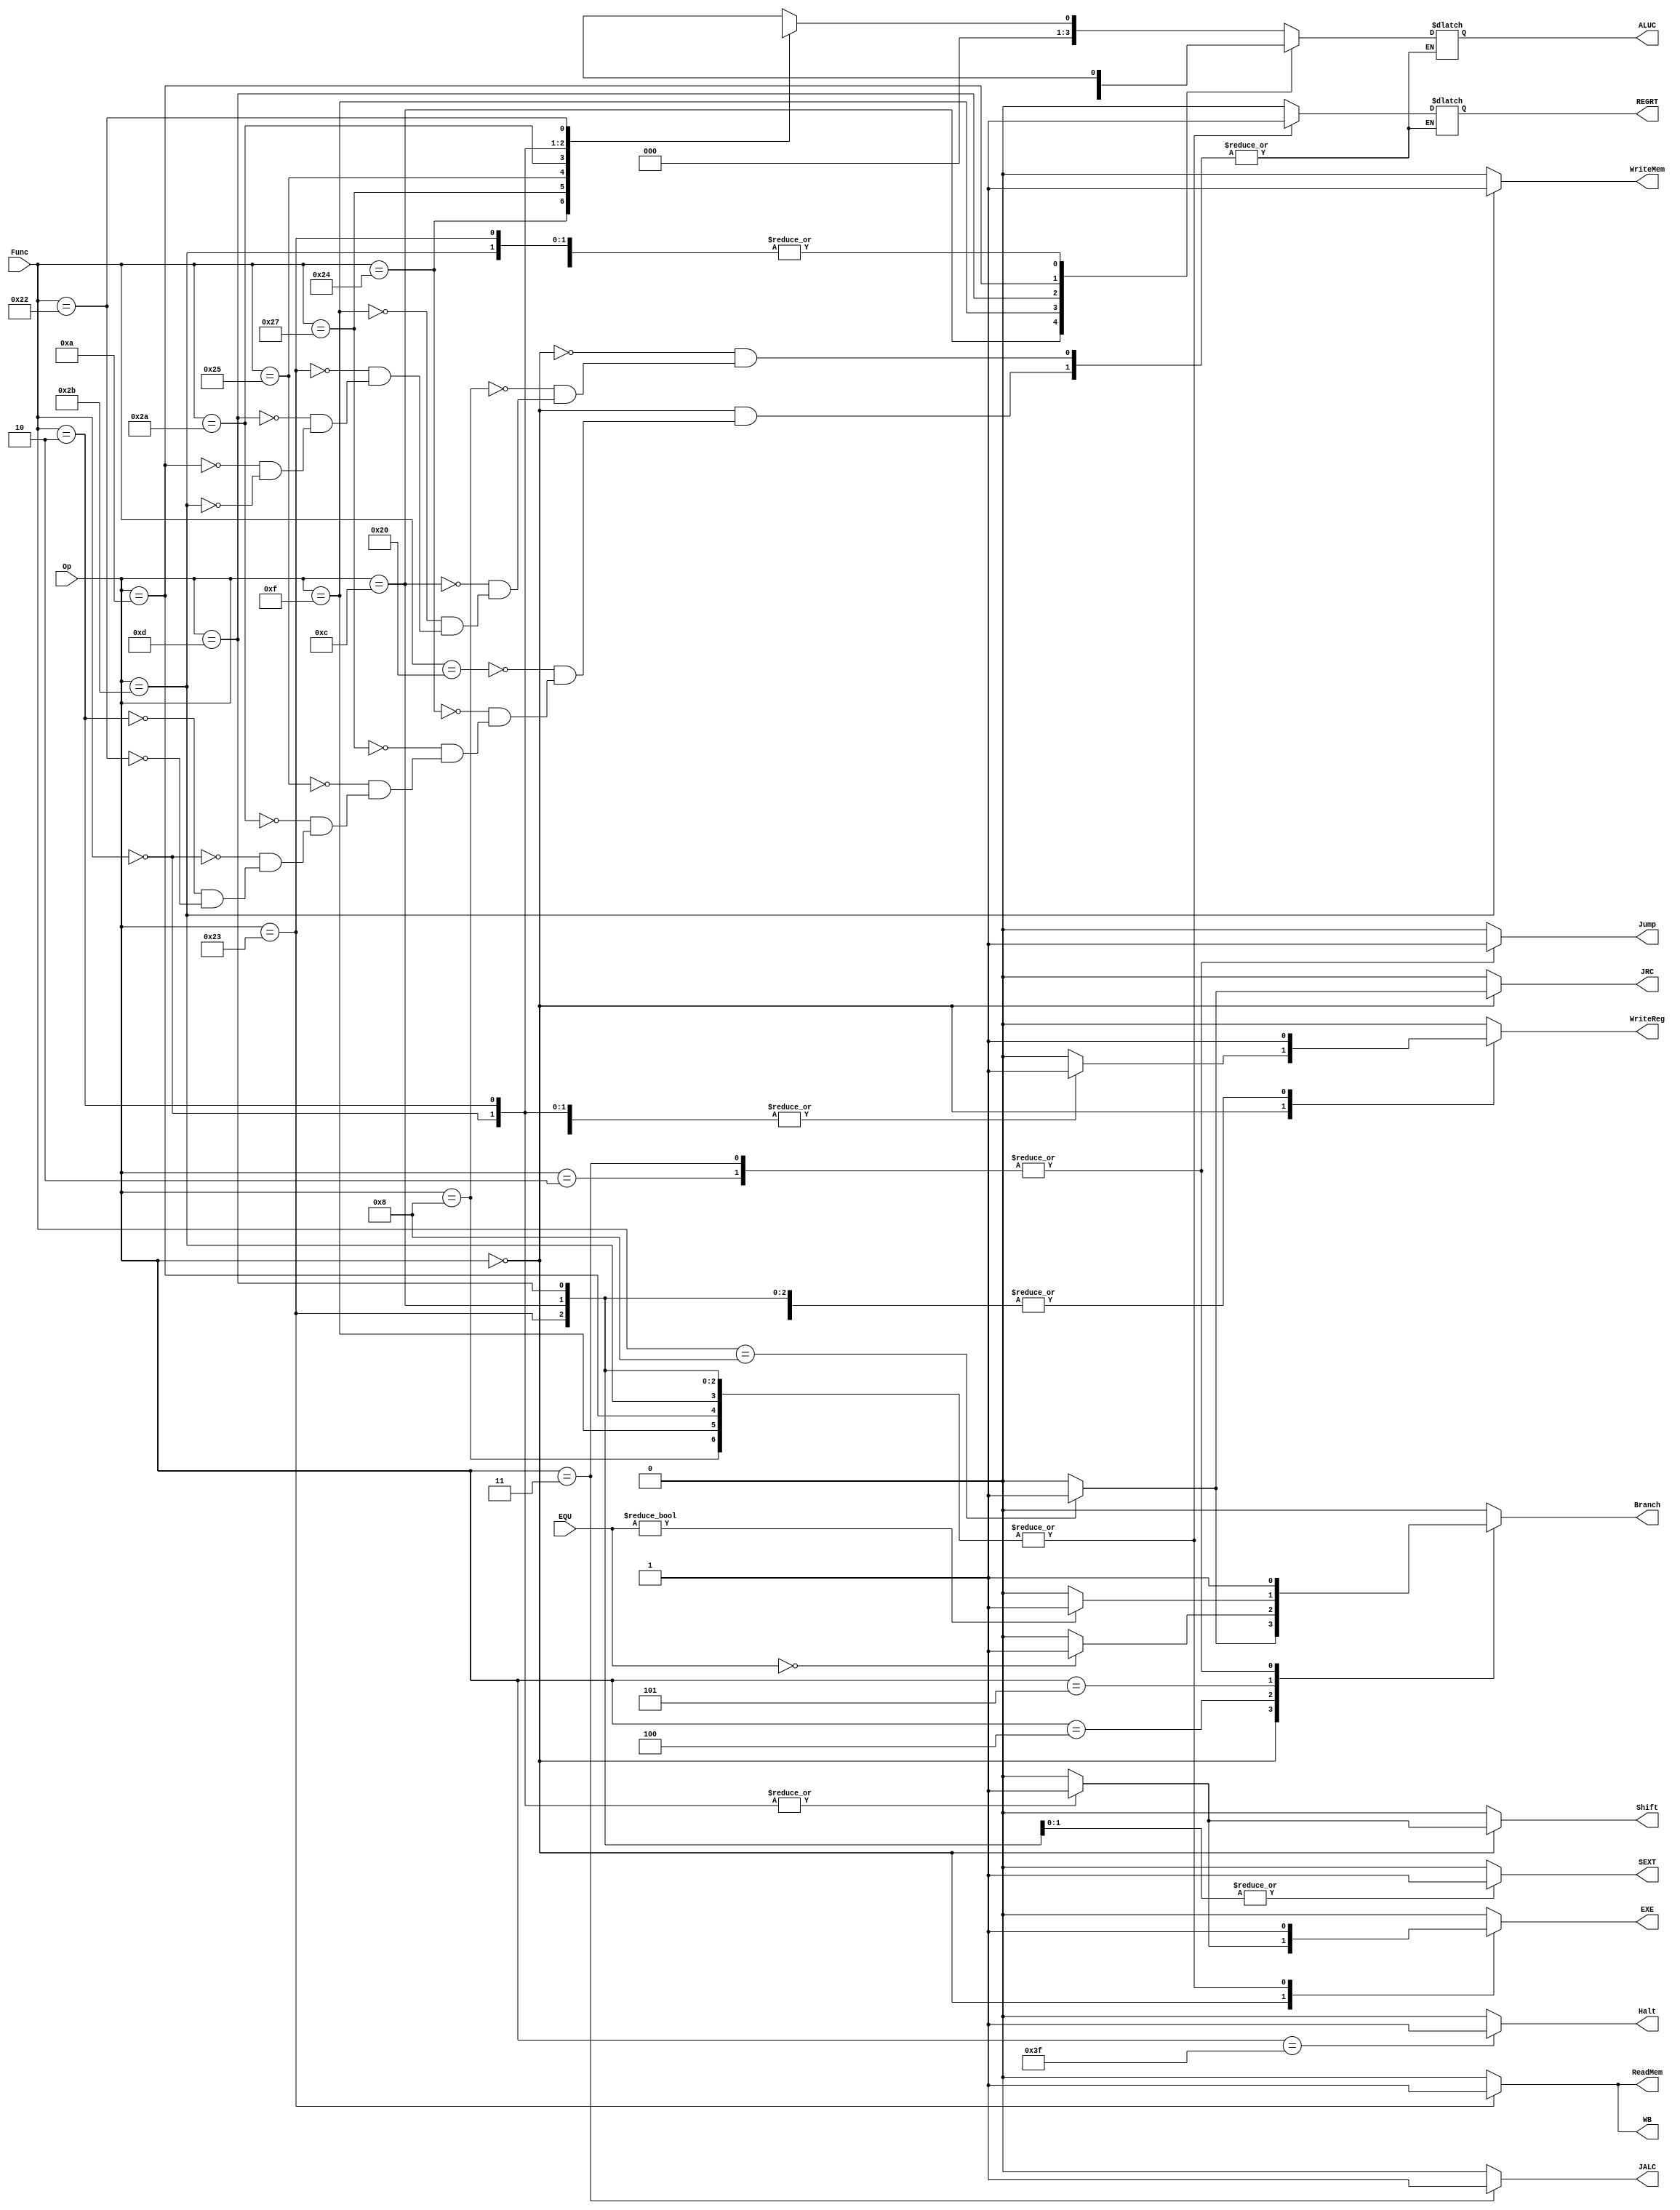
module Control(
  input[5:0]  Op, 
  input[5:0]  Func,
  //input[4:0] RS, RT,
  input[31:0] EQU,
  output reg WriteReg,
  output reg WB,
  output reg ReadMem,
  output reg WriteMem,
  output reg[3:0] ALUC,
  output reg Shift,
  output reg EXE,
  output reg SEXT,
  output reg REGRT,
  output reg Jump,
  output reg JRC,
  output reg JALC, 
  output reg Branch = 0,
  output reg Halt = 0
);
  
  //opcode
  localparam  ROP   = 6'b000000;
  localparam  ADDI  = 6'b001000;
  localparam  ANDI  = 6'b001100;
  localparam  BEQ   = 6'b000100;
  localparam  BNE   = 6'b000101;
  localparam  J     = 6'b000010;
  localparam  JAL   = 6'b000011;
  localparam  LW    = 6'b100011;
  localparam  LUI   = 6'b001111;
  localparam  ORI   = 6'b001101;
  localparam  SLTI  = 6'b001010;
  localparam  SW    = 6'b101011;
  localparam  HALT  = 6'b111111;

  //func
  localparam  ADD   = 6'b100000;    
  localparam  AND   = 6'b100100;
  localparam  JR    = 6'b001000;
  localparam  NOR   = 6'b100111;
  localparam  OR    = 6'b100101;
  localparam  SLT   = 6'b101010;
  localparam  SLL   = 6'b000000;
  localparam  SRL   = 6'b000010;
  localparam  SUB   = 6'b100010;
  
  /*
  always @(E_WriteReg or M_WriteReg or E_REG or M_REG or M_WB or RS or RT)
  begin
    FWDA <= 0; 
    FWDB <= 0;
    if (E_WriteReg && (E_REG != 0) && (E_REG == RS)) FWDA <= 2'b01;
      else if (E_WriteReg && (E_REG != 0) && (E_REG == RT)) FWDB <= 2'b01;
        else if (M_WriteReg && (E_REG != 0) && (M_REG == RS) && !M_WB) FWDA <= 2'b10;
          else if (M_WriteReg && (E_REG != 0) && (M_REG == RT) && !M_WB) FWDB <= 2'b10;
            else if (M_WriteReg && (E_REG != 0) && (M_REG == RS) && M_WB) FWDA <= 2'b11;
              else if (M_WriteReg && (E_REG != 0) && (M_REG == RT) && M_WB) FWDB <= 2'b11;
  end
  */
  
  /*
  always @(E_ReadMem or RS or RT or E_REG)
  begin
    PC_Stall <= 0;
    IF_ID_Stall <= 0;
    ID_EXE_Stall <= 0;
    EXE_MEM_Stall <= 0;
    MEM_WB_Stall <= 0;
    if (ReadMem && ((E_REG == RS) || (E_REG == RT)))
      begin
        PC_Stall <= 1;
        IF_ID_Stall <= 1;
        ID_EXE_Stall <= 1;
        end                                                          
    end
    */
    
    always @(Op or Func or EQU)
    begin
      WriteReg <= 0;
      WriteMem <= 0;
      ReadMem <= 0;
      WB <= 0;
      SEXT <= 0;
      EXE <= 0;
      Shift <= 0;
      Jump <= 0;
      JRC <= 0;
      JALC <= 0;
      Branch <= 0;
      Halt <= 0;
      
      case (Op)
        ROP : 
          case (Func)
            ADD:  begin WriteReg <= 1; REGRT <= 0; ALUC <= ALU.ADD; end 
            AND:  begin WriteReg <= 1; REGRT <= 0; ALUC <= ALU.AND; end
            JR :  begin JRC <= 1; Branch <= 1; end 
            NOR:  begin WriteReg <= 1; REGRT <= 0; ALUC <= ALU.NOR; end
            OR :  begin WriteReg <= 1; REGRT <= 0; ALUC <= ALU.OR;  end
            SLT:  begin WriteReg <= 1; REGRT <= 0; ALUC <= ALU.SLT; end
            SLL:  begin WriteReg <= 1; REGRT <= 0; Shift <= 1; EXE <= 1; ALUC <= ALU.SLL; end
            SRL:  begin WriteReg <= 1; REGRT <= 0; Shift <= 1; EXE <= 1; ALUC <= ALU.SRL; end
            SUB:  begin WriteReg <= 1; REGRT <= 0; ALUC <= ALU.SUB; end
          endcase
        
        ADDI: begin WriteReg <= 1; REGRT <= 1; EXE <= 1; ALUC <= ALU.ADD; end
        ANDI: begin WriteReg <= 1; REGRT <= 1; SEXT <= 1; EXE <= 1; ALUC <= ALU.AND; end
        BEQ : begin 
                if (EQU == 0) 
                  begin
                    Branch <= 1;
                  end
                else Branch <= 0;
              end
        BNE : begin 
                if (EQU != 0)
                  Branch <= 1;
                else Branch <= 0;
              end
        J   : begin Jump <= 1; Branch <= 1; end
        JAL : begin JALC <= 1; Jump <= 1; Branch <= 1;  end
        LUI : begin WriteReg <= 1; REGRT <= 1; EXE <= 1; ALUC <= ALU.LUI; end
        LW  : begin WriteReg <= 1; REGRT <= 1; EXE <= 1; ALUC <= ALU.ADD; ReadMem <= 1; WB <= 1; end
        ORI : begin WriteReg <= 1; REGRT <= 1; SEXT <= 1; EXE <= 1; ALUC <= ALU.OR; end
        SLTI: begin WriteReg <= 1; REGRT <= 1; EXE <= 1; ALUC <= ALU.SLT; end
        SW  : begin EXE <= 1; REGRT <= 1; WriteMem <= 1; ALUC <= ALU.ADD; end
        HALT: begin Halt <= 1; end
        default: ;
    endcase
  end
  
endmodule